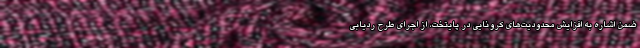
ضمن اشاره به افزایش محدودیت‌های کرونایی در پایتخت، از اجرای طرح ردیابی